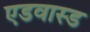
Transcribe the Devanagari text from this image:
एडवास्ड